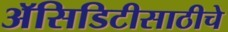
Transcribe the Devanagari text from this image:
अॅसिडिटीसाठीचे